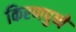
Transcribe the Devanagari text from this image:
किरणपुष्पे